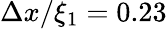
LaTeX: \Delta x/\xi_{1}=0.23